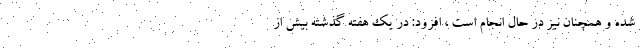
شده و همچنان نیز در حال انجام است ، افزود: در یک هفته گذشته بیش از